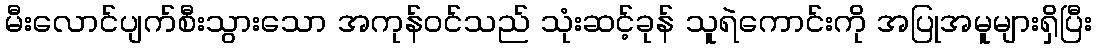
မီးလောင်ပျက်စီးသွားသော အကုန်ဝင်သည် သုံးဆင့်ခုန် သူရဲကောင်းကို အပြုအမူများရှိပြီး